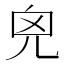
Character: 𠒆